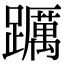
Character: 𨇆